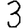
Digit: 3